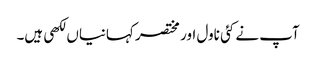
آپ نے کئی ناول اور مختصر کہانیاں لکھی ہیں۔